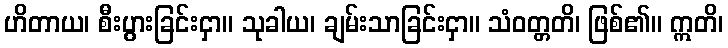
ဟိတာယ၊ စီးပွားခြင်းငှာ။ သုခါယ၊ ချမ်းသာခြင်းငှာ။ သံဝတ္တတိ၊ ဖြစ်၏။ ဣတိ၊